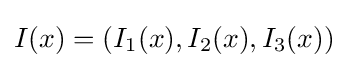
I(x)=(I_{1}(x),I_{2}(x),I_{3}(x))